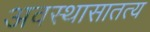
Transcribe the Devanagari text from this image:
अवस्थासातत्य